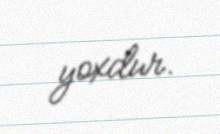
yoxdur.